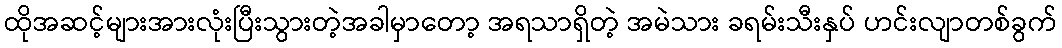
ထိုအဆင့်များအားလုံးပြီးသွားတဲ့အခါမှာတော့ အရသာရှိတဲ့ အမဲသား ခရမ်းသီးနှပ် ဟင်းလျာတစ်ခွက်